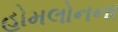
હોમલોનના